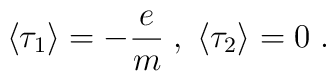
\langle \tau_1 \rangle =-\frac{e}{m} \; ,  \; \langle \tau_2 \rangle = 0 \; .